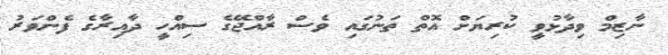
ނާޒިމް ވިދާޅުވީ ކުރިޔަށް އޮތް ތަނުގައި ވެސް ރާއްޖޭގެ ސިއްހީ ދާއިރާގެ ފެންވަރު